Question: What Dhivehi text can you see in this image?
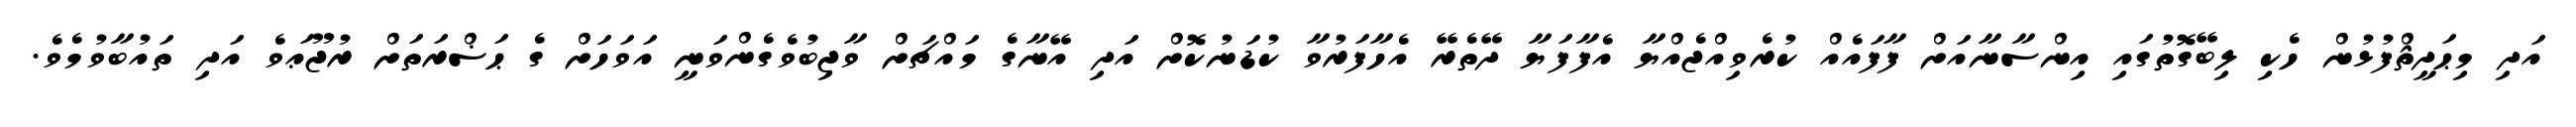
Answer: އަދި މިޙަދީޘްފުޅުން ހެކި ލިބޭގޮތުގައި އިންސާނާއަށް ފާފައެއް ކުރެވިއްޖެއްޔާ އެފާފަޔާ ދޭތެރޭ އެހާފަރުވާ ކުޑަނުކޮށް އަދި އޭނާގެ މައްޗަށް ވާޖިބުވެގެންވަނީ އަވަހަށް ގެ ޙަޟްރަތަށް ރުޖޫޢަވެ އަދި ތައުބާވުމެވެ.